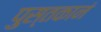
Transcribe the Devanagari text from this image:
पुस्तकानं